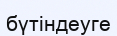
бүтіндеуге